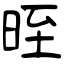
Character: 晊